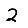
Digit: 2